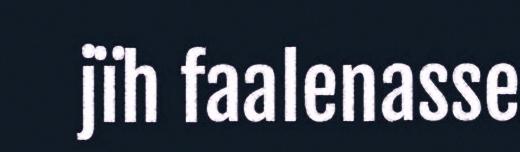
jïh faalenasse